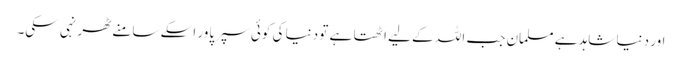
اور دنیا شاہد ہے مسلمان جب اللہ کے لیے اٹھتا ہے تو دنیا کی کوئی سپر پاور اسکے سامنے ٹھر نہی سکی۔